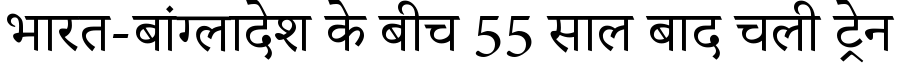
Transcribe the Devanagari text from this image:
भारत-बांग्लादेश के बीच 55 साल बाद चली ट्रेन